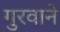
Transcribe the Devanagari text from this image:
गुरवाने